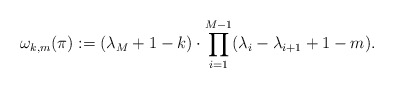
\begin{align*} \omega_{k,m}(\pi) :=(\lambda_{M}+1-k)\cdot\prod_{i=1}^{M-1} (\lambda_{i}-\lambda_{i+1}+1-m).\end{align*}